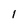
Character: 1